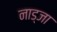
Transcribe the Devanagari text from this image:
नाड्जा